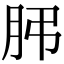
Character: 𦙨